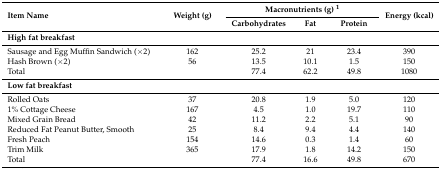
<table><thead><tr><td rowspan="2"><b>Item Name</b></td><td rowspan="2"><b>Weight (g)</b></td><td colspan="3"><b>Macronutrients (g) <sup>1</sup></b></td><td rowspan="2"><b>Energy (kcal)</b></td></tr><tr><td><b>Carbohydrates</b></td><td><b>Fat</b></td><td><b>Protein</b></td></tr></thead><tbody><tr><td colspan="6"><b>High fat breakfast</b></td></tr><tr><td>Sausage and Egg Muffin Sandwich (×2)</td><td>162</td><td>25.2</td><td>21</td><td>23.4</td><td>390</td></tr><tr><td>Hash Brown (×2)</td><td>56</td><td>13.5</td><td>10.1</td><td>1.5</td><td>150</td></tr><tr><td>Total</td><td></td><td>77.4</td><td>62.2</td><td>49.8</td><td>1080</td></tr><tr><td colspan="6"><b>Low fat breakfast</b></td></tr><tr><td>Rolled Oats</td><td>37</td><td>20.8</td><td>1.9</td><td>5.0</td><td>120</td></tr><tr><td>1% Cottage Cheese</td><td>167</td><td>4.5</td><td>1.0</td><td>19.7</td><td>110</td></tr><tr><td>Mixed Grain Bread</td><td>42</td><td>11.2</td><td>2.2</td><td>5.1</td><td>90</td></tr><tr><td>Reduced Fat Peanut Butter, Smooth</td><td>25</td><td>8.4</td><td>9.4</td><td>4.4</td><td>140</td></tr><tr><td>Fresh Peach</td><td>154</td><td>14.6</td><td>0.3</td><td>1.4</td><td>60</td></tr><tr><td>Trim Milk</td><td>365</td><td>17.9</td><td>1.8</td><td>14.2</td><td>150</td></tr><tr><td>Total</td><td></td><td>77.4</td><td>16.6</td><td>49.8</td><td>670</td></tr></tbody></table>